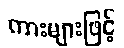
ကားများဖြင့်